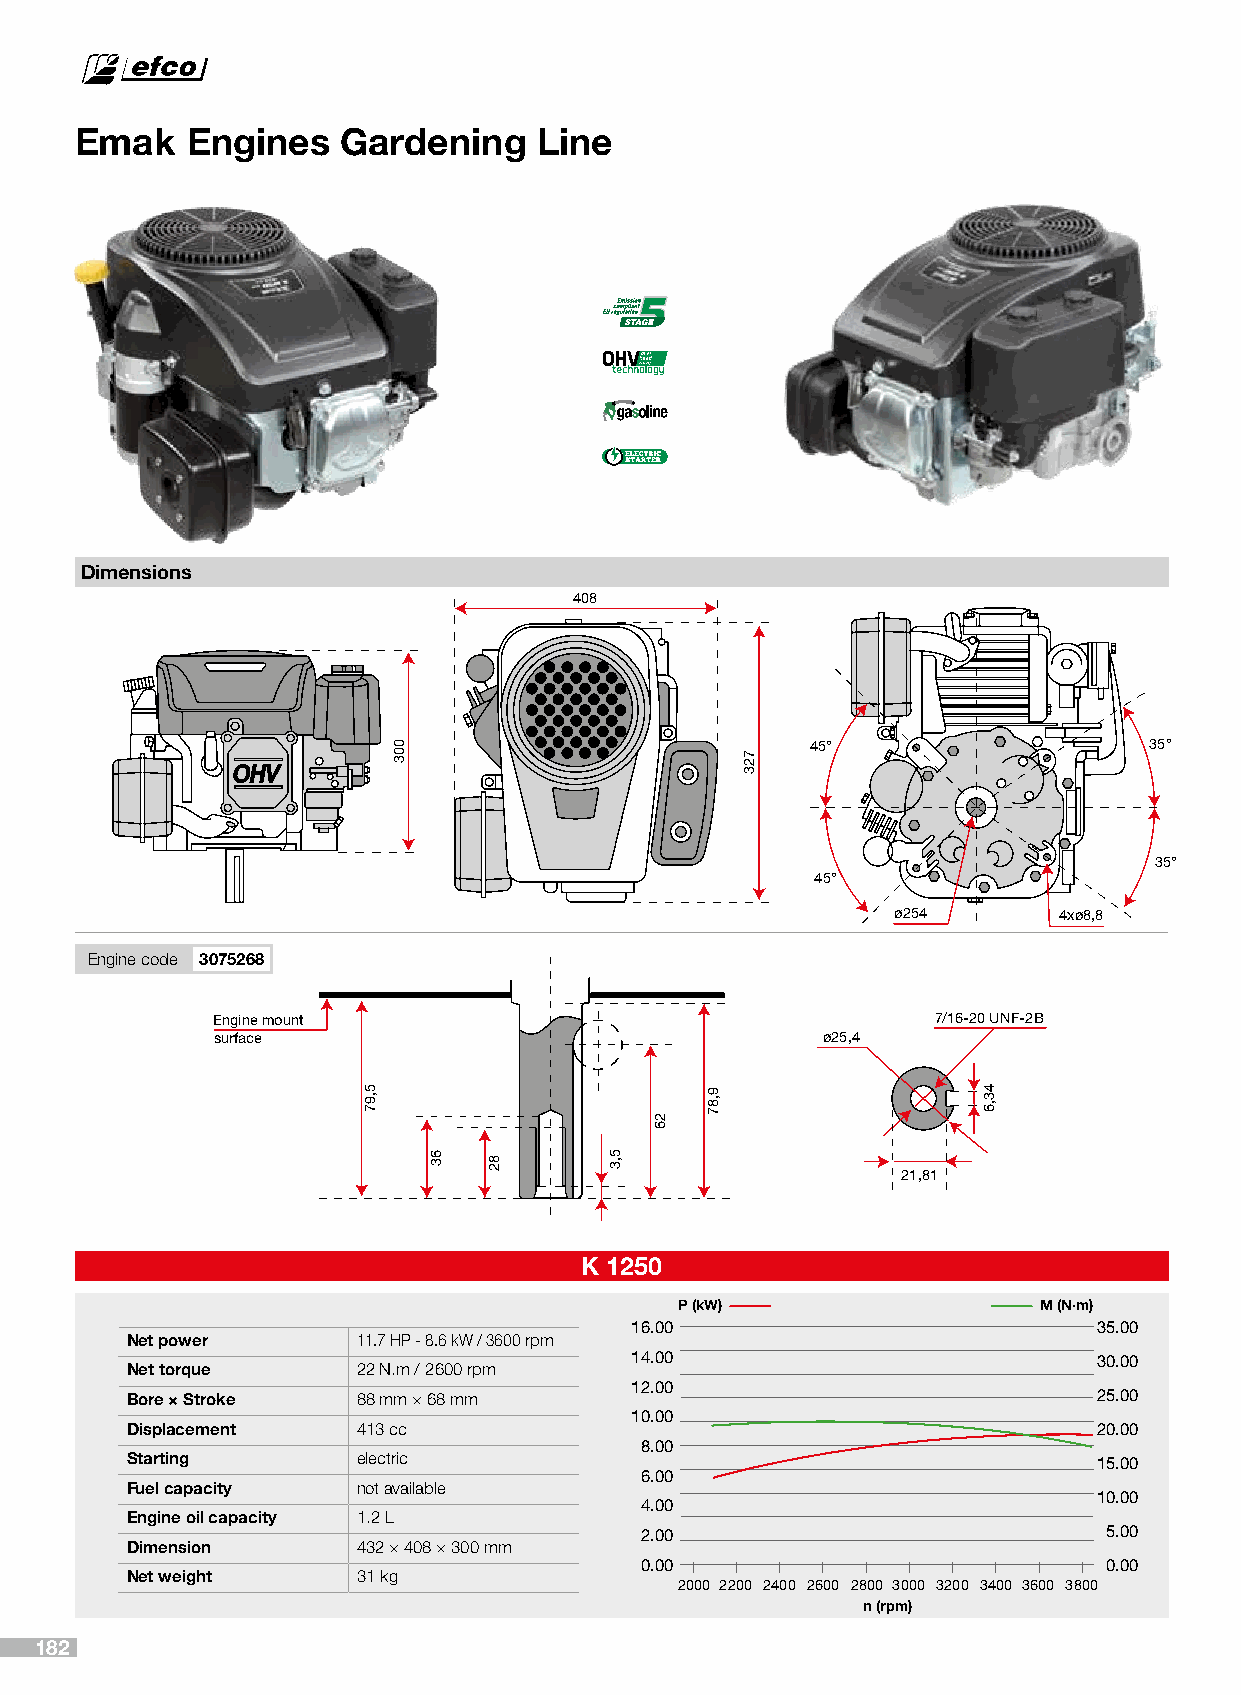
Emak   Engines    Gardening    Line
 Dimensions
 408
 45°                   35°
 35°
 45°
 ø254       4xø8,8
 Engine code 3075268
 Engine mount                                    7/16-20 UNF-2B
 surface                                 ø25,4
 21,81
 K 1250
 P (kW)                  M (N·m)
 16.00                          35.00
 Net power       11.7 HP - 8.6 kW / 3600 rpm
 14.00                          30.00
 Net torque      22 N.m / 2600 rpm
 12.00
 Bore × Stroke   88 mm × 68 mm                                    25.00
 10.00
 Displacement    413 cc                                           20.00
 8.00
 Starting        electric                                         15.00
 6.00
 Fuel capacity   not available
 10.00
 4.00
 Engine oil capacity 1.2 L
 2.00                           5.00
 Dimension       432 × 408 × 300 mm
 0.00                           0.00
 Net weight      31 kg
 2000 2200 2400 2600 2800 3000 3200 3400 3600 3800
 n (rpm)
 182
 5,97
 003
 63  82      5,3
 26
 9,87
 723
 43,6